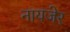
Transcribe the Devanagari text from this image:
नायजेर